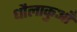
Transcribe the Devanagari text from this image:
धौलाकुआँ